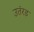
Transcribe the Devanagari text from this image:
उतंरड